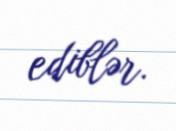
ediblər.